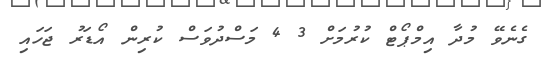
ގެނެވޭ މުދާ އިމްޕޯޓް ކުރުމަށް 3 4 މަސްދުވަސް ކުރިން އޯޑަރު ޖަހައި